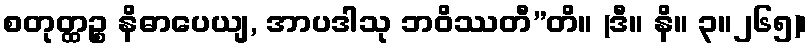
စတုတ္ထဉ္စ နိဓာပေယျ, အာပဒါသု ဘဝိဿတီ”တိ။ (ဒီ။ နိ။ ၃။၂၆၅)၊